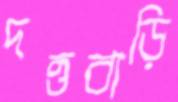
দত্তবাড়ি